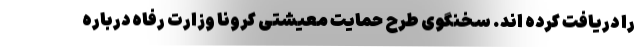
را دریافت کرده اند. سخنگوی طرح حمایت معیشتی کرونا وزارت رفاه درباره